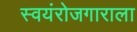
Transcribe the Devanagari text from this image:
स्वयंरोजगाराला